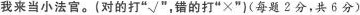
我来当小法官。(对的打”√”，错的打”×”)(每题2分，共6分)